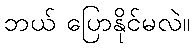
ဘယ် ပြောနိုင်မလဲ။